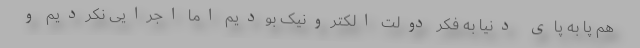
هم پا به پای دنیا به فکر دولت الکترونیک بودیم اما اجرایی نکردیم و